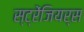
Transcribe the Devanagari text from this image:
स्ट्रेंजियर्स